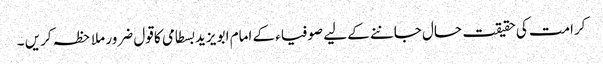
کرامت کی حقیقت حال جاننے کے لیے صوفیاء کے امام ابو یزید بسطامی کا قول ضرور ملاحظہ کریں ۔